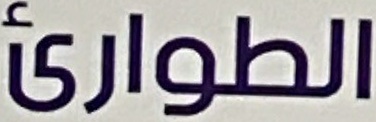
الطوارئ